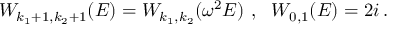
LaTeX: W _ { k _ { 1 } + 1 , k _ { 2 } + 1 } ( E ) = W _ { k _ { 1 } , k _ { 2 } } ( \omega ^ { 2 } E ) ~ , ~ ~ W _ { 0 , 1 } ( E ) = 2 i \, .